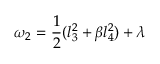
\omega _ { 2 } = \frac { 1 } { 2 } ( l _ { 3 } ^ { 2 } + \beta l _ { 4 } ^ { 2 } ) + \lambda